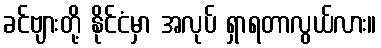
ခင်ဗျားတို့ နိုင်ငံမှာ အလုပ် ရှာရတာလွယ်လား။